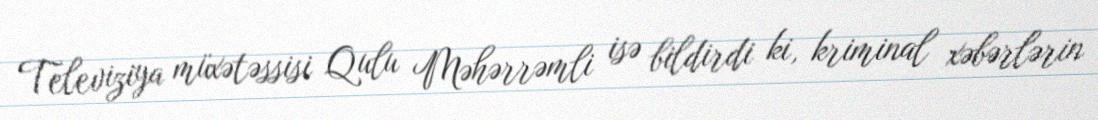
Televiziya müxətəssisi Qulu Məhərrəmli isə bildirdi ki, kriminal xəbərlərin